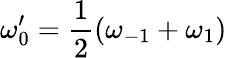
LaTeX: \omega_{0}^{\prime}=\frac{1}{2}(\omega_{-1}+\omega_{1})